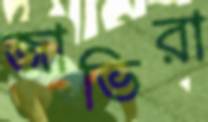
জাভিরা